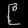
Digit: ၉